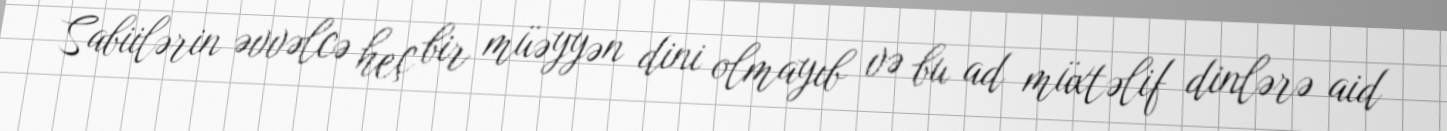
Sabiilərin əvvəlcə heç bir müəyyən dini olmayıb və bu ad müxtəlif dinlərə aid